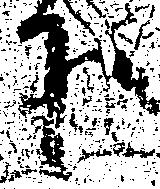
下